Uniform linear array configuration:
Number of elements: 64
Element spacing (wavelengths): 0.75
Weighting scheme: blackman
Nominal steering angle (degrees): -45
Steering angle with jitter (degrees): -44.607
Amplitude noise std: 0.05
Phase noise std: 0.05

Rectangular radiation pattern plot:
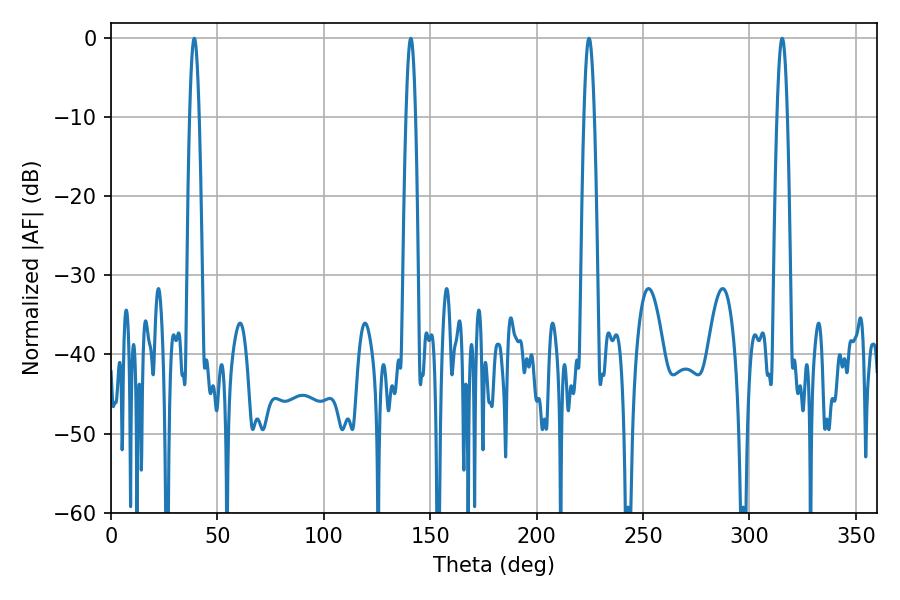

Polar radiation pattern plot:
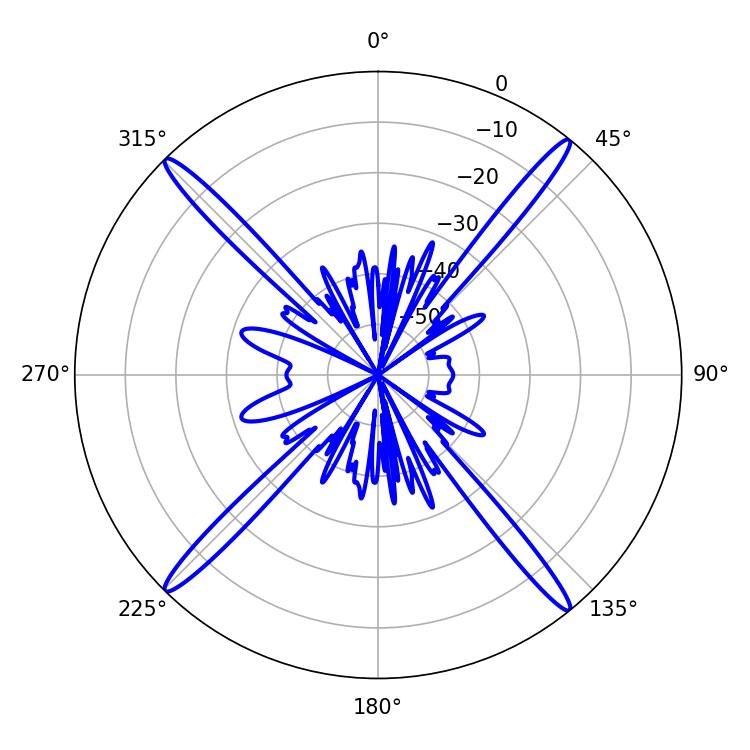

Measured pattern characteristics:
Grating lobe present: TRUE
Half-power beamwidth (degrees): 2.52
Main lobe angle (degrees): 315.36